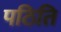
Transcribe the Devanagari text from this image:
पठिति